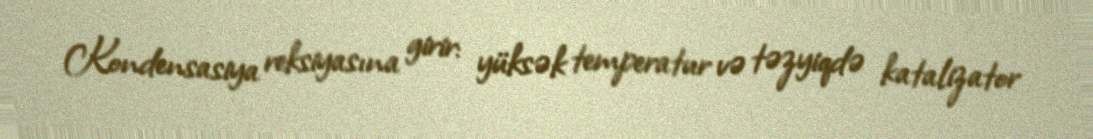
Kondensasiya reksiyasına girir: yüksək temperatur və təzyiqdə katalizator